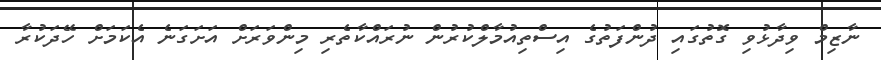
ނާޒިމް ވިދާޅުވި ގޮތުގައި ދުންފަތުގެ އިސްތިއުމާލްކުރުން ނުރައްކާތެރި މިންވަރަށް އަށަގަނެ އެކަމަށް ހޭދަކުރާ